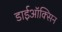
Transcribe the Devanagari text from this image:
डाईऑक्सिन